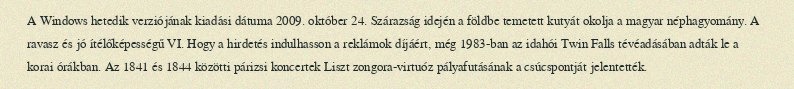
A Windows hetedik verziójának kiadási dátuma 2009. október 24. Szárazság idején a földbe temetett kutyát okolja a magyar néphagyomány. A ravasz és jó ítélőképességű VI. Hogy a hirdetés indulhasson a reklámok díjáért, még 1983-ban az idahói Twin Falls tévéadásában adták le a korai órákban. Az 1841 és 1844 közötti párizsi koncertek Liszt zongora-virtuóz pályafutásának a csúcspontját jelentették.